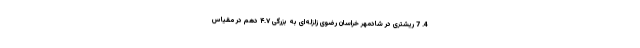
4. 7 ریشتری در شادمهر خراسان رضوی زلزله‌ای به بزرگی ۴.۷ دهم در مقیاس